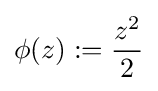
\phi (z):={\frac {z^{2}}{2}}